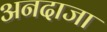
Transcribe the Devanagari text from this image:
अनदाजा